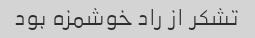
تشکر از راد خوشمزه بود